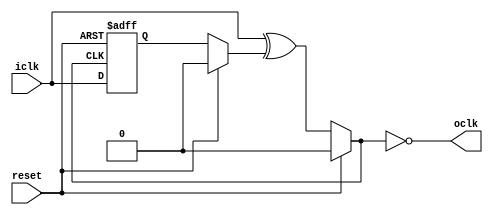
`timescale 1ns / 1ps
//////////////////////////////////////////////////////////////////////////////////
// Company: 
// Engineer: 
// 
// Design Name: 
// Module Name: i2c_slave_doubler
// Project Name: 
// Target Devices: 
// Tool Versions: 
// Description: 
// 
// Dependencies: 
// 
// Revision:
// Revision 0.01 - File Created
// Additional Comments:
// 
//////////////////////////////////////////////////////////////////////////////////


module i2c_slave_doubler (
    output oclk,
    input iclk,
    input reset
    );

    reg Q; 
    reg temp; 
    reg clk;
    
    assign oclk = ~clk;
    
    always@(*) begin
        if (reset) begin
            clk <= 0;
        end
        else begin
            clk <= iclk ^ temp;
        end
    end
    
    always@(*) begin
        if (reset) begin
            temp <= 0;
        end
        else begin
            #(625) temp <= Q;
        end
    end

    always@(posedge clk or posedge reset) begin
        if (reset) begin
            Q <= 0;
        end
        else begin
            Q <= iclk;
        end
    end
 endmodule